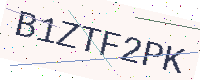
Text: B1ZTF2PK